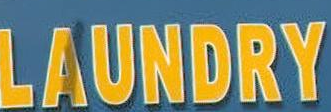
LAUNDRY